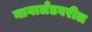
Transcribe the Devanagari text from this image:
नागालँडवरील